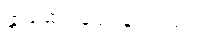
နှာဆေး ပေးခြင်း၊ ၉။